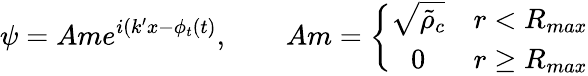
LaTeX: \psi=Ame^{i(k^{\prime}x-\phi_{t}(t)},\qquad Am=\left\{ \begin{array}{cc}{\sqrt{\tilde{\rho}_{c}}}&{r<R_{max}}\\ {0}&{r\ge R_{max}}\end{array}\right.